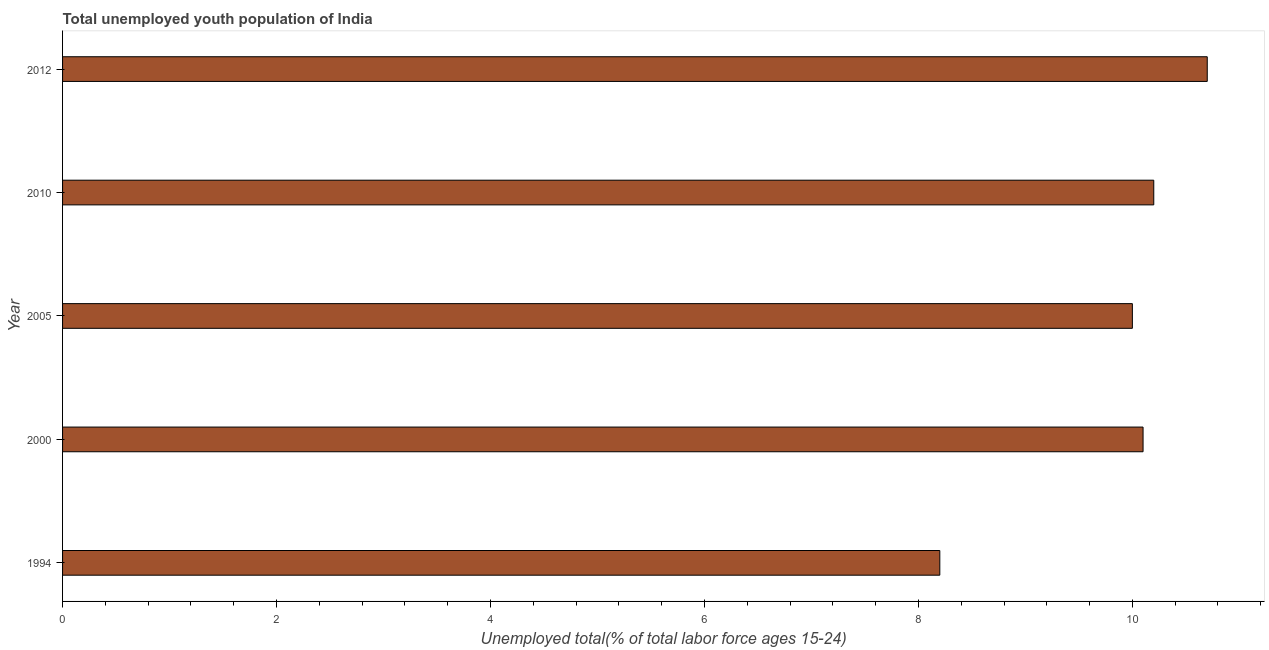
| Year | Unemployment youth total |
 | --- | --- |
 | 1994 | 8.2 |
 | 2000 | 10.1 |
 | 2005 | 10 |
 | 2010 | 10.2 |
 | 2012 | 10.7 |